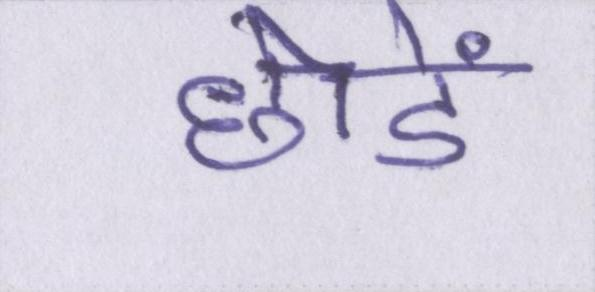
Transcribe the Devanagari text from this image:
छोडें